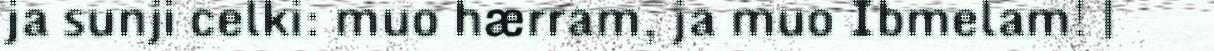
ja sunji celki: muo hærram, ja muo Ibmelam! |